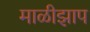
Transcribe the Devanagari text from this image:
माळीझाप